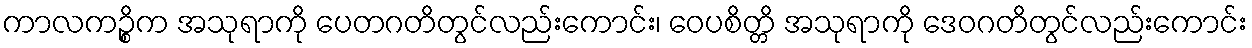
ကာလကဉ္စိက အသုရာကို ပေတဂတိတွင်လည်းကောင်း၊ ဝေပစိတ္တိ အသုရာကို ဒေဝဂတိတွင်လည်းကောင်း